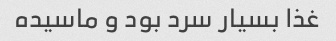
غذا بسیار سرد بود و ماسیده